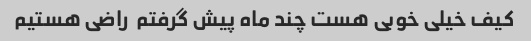
کیف خیلی خوبی هست چند ماه پیش گرفتم  راضی هستیم